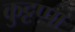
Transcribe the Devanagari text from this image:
कुट्टप्पा